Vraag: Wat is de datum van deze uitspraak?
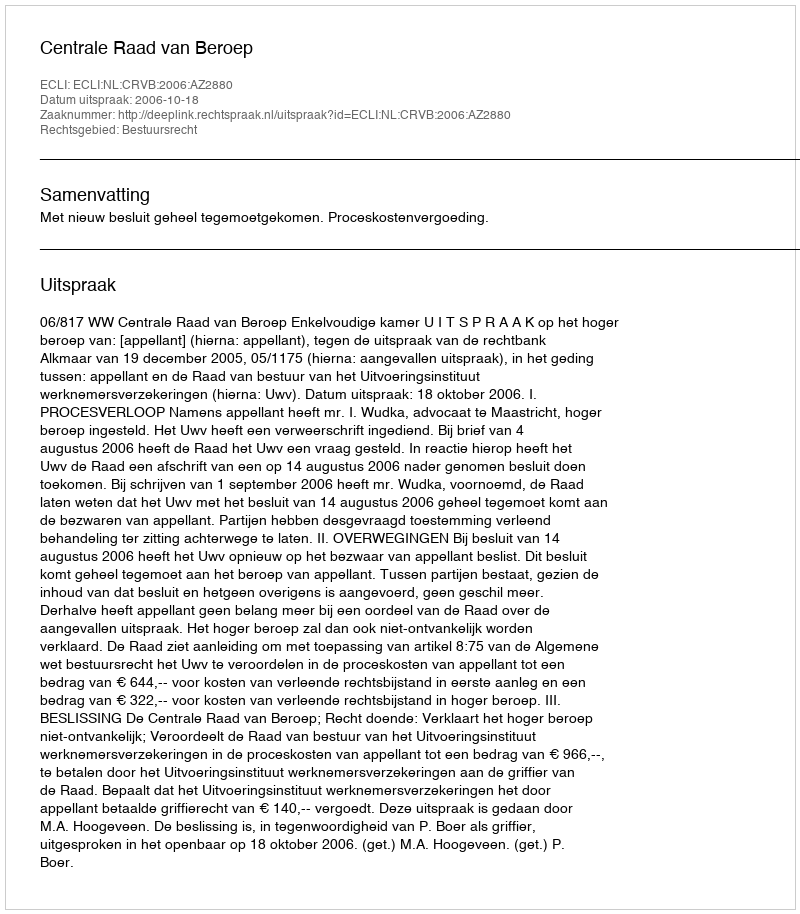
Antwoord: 2006-10-18